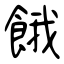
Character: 餓